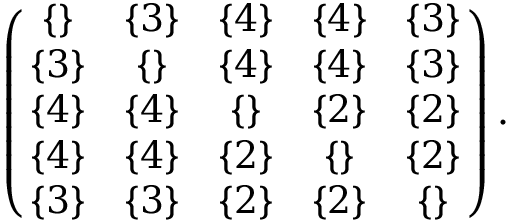
\begin{array} { r } { \left( \! \! \begin{array} { c c c c c } { \{ \} } & { \{ 3 \} } & { \{ 4 \} } & { \{ 4 \} } & { \{ 3 \} } \\ { \{ 3 \} } & { \{ \} } & { \{ 4 \} } & { \{ 4 \} } & { \{ 3 \} } \\ { \{ 4 \} } & { \{ 4 \} } & { \{ \} } & { \{ 2 \} } & { \{ 2 \} } \\ { \{ 4 \} } & { \{ 4 \} } & { \{ 2 \} } & { \{ \} } & { \{ 2 \} } \\ { \{ 3 \} } & { \{ 3 \} } & { \{ 2 \} } & { \{ 2 \} } & { \{ \} } \end{array} \! \! \right) . } \end{array}